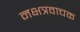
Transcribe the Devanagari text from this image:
नक्षत्रवाचक